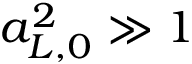
a _ { L , 0 } ^ { 2 } \gg 1